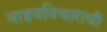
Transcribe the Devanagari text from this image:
वाङ्मयविचाराची